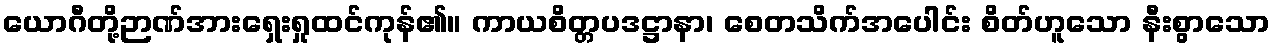
ယောဂီတို့ဉာဏ်အားရှေးရှုထင်ကုန်၏။ ကာယစိတ္တပဒဋ္ဌာနာ၊ စေတသိက်အပေါင်း စိတ်ဟူသော နီးစွာသော